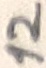
Text: 12